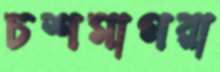
চশমাপরা